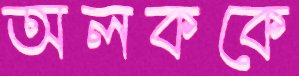
অলককে